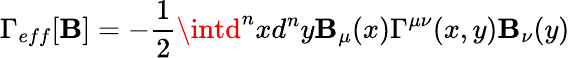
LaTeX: \Gamma_{eff}[\mathbf{B}]=-\frac{{1}}{{2}}\intd^{n}xd^{n}y\mathbf{B}_{\mu}(x)\Gamma^{\mu\nu}(x,y)\mathbf{B}_{\nu}(y)